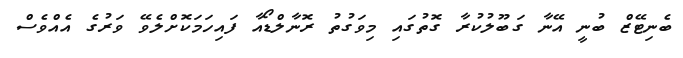
ބެނިޓޭޒް ބުނީ އޭނާ ގަބޫލުކުރާ ގޮތުގައި މިވަގުތު ރޮނާލްޑޯއާ ފައިހަމަކޮށްލެވޭ ވަރުގެ އެއްވެސް